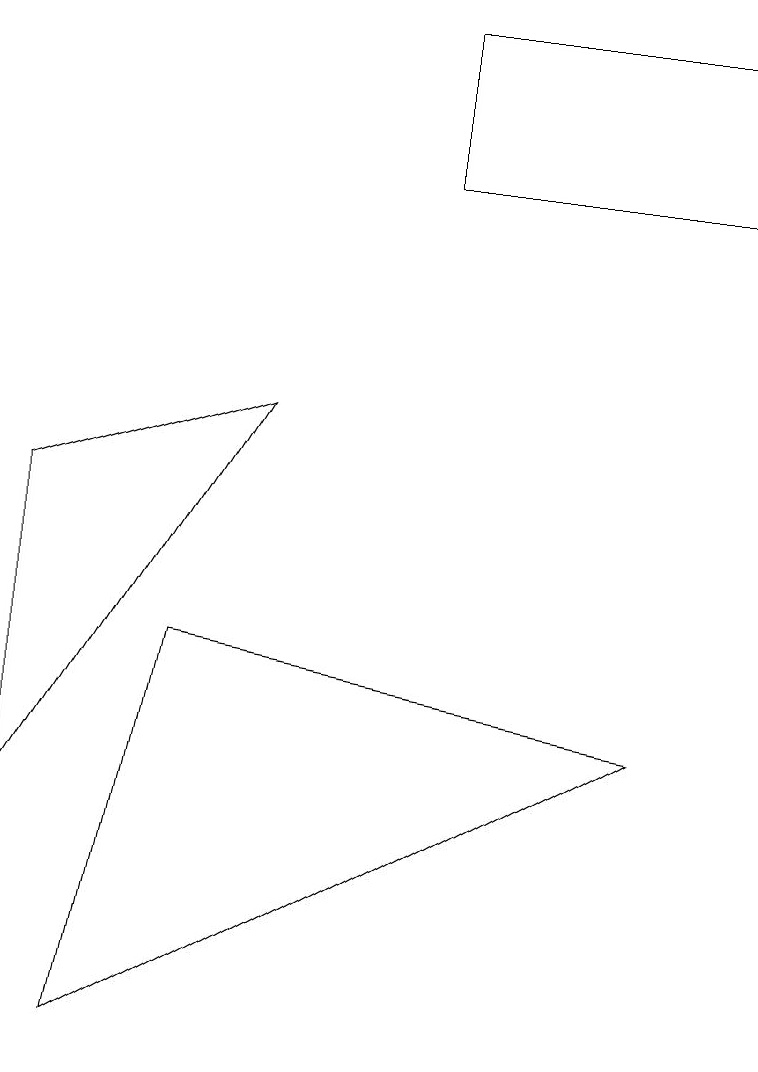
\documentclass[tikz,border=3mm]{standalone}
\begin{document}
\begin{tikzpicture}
\draw (2,5) -- (8,4) -- (1,0) -- cycle;
\draw (9,13) rectangle (5,11);
\draw (3,8) -- (0,3) -- (0,7) -- cycle;
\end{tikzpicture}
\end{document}